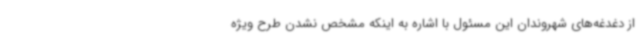
از دغدغه‌های شهروندان این‌ مسئول با اشاره به اینکه مشخص نشدن طرح ویژه